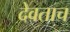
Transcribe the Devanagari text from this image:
देवताच